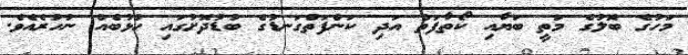
މަހުގެ ބޮލުގެ މަތީ ބަޔާއި ކޯތާފަތް އަދި ކަންފަތްގަނޑުގެ ބުޑުދޮށުގައި ހުޅުބެއް ނުހުރެއެވެ.